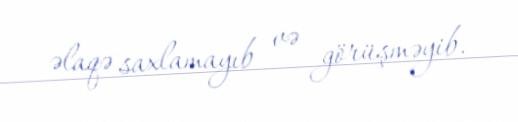
əlaqə saxlamayıb və görüşməyib.